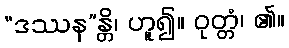
“ဒဿန”န္တိ၊ ဟူ၍။ ဝုတ္တံ၊ ၏။